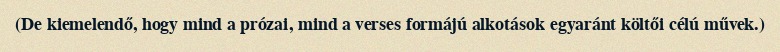
(De kiemelendő, hogy mind a prózai, mind a verses formájú alkotások egyaránt költői célú művek.)